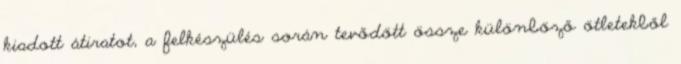
kiadott átiratot, a felkészülés során tevődött össze különböző ötletekből